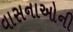
વાસનાઓની